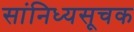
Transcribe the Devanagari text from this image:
सांनिध्यसूचक